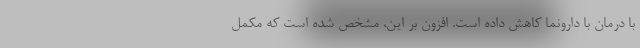
با درمان با دارونما کاهش داده است. افزون بر این، مشخص شده است که مکمل